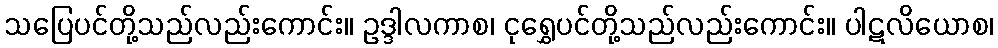
သပြေပင်တို့သည်လည်းကောင်း။ ဥဒ္ဒါလကာစ၊ ငုရွှေပင်တို့သည်လည်းကောင်း။ ပါဋလိယောစ၊